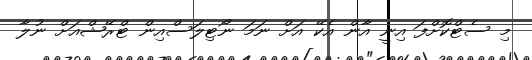
މި ސެޓްކޮށްފަ އިނީ އާން އެކޭ އަށް ނަމަ ނޯޓިލަސްއިން ޓްރޭޝްއަށް ނުލާ